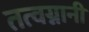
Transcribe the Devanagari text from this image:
तत्वग्नानी